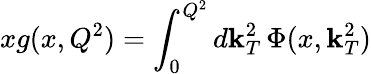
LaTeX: xg(x,Q^{2})=\int_{0}^{Q^{2}}d\mathbf{k}_{T}^{2}\, \Phi(x,\mathbf{k}_{T}^{2})